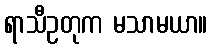
ရာသီဥတုက မသာမယာ။